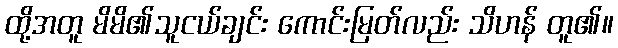
ထို့အတူ မိမိ၏သူငယ်ချင်း ကောင်းမြတ်လည်း သိဟန် တူ၏။